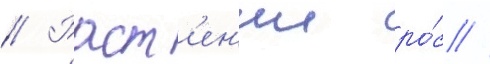
// Раст'ен'ии ро́с //